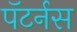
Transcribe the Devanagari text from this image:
पॅटर्नस